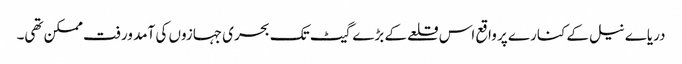
دریاے نیل کے کنارے پر واقع اس قلعے کے بڑے گیٹ تک بحری جہازوں کی آمد ورفت ممکن تھی۔